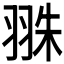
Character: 𦐣